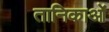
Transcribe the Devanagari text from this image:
तानिकाओं